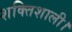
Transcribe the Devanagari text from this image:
शक्तिशाली।